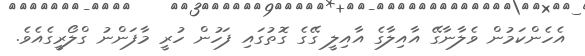
އެހެންކަމުން ވެލާނާގޭ އާއިލާގެ އާއިލީ ގޭގެ ގޮތުގައި ފަހުން ހުރީ މާފަންނު ގްލޯރީގެއެވެ.